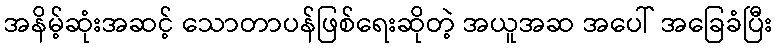
အနိမ့်ဆုံးအဆင့် သောတာပန်ဖြစ်ရေးဆိုတဲ့ အယူအဆ အပေါ် အခြေခံပြီး